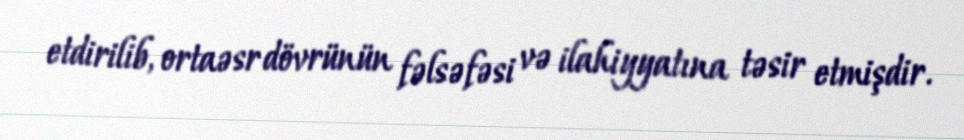
etdirilib, ortaəsr dövrünün fəlsəfəsi və ilahiyyatına təsir etmişdir.